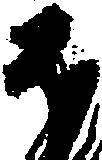
ほ